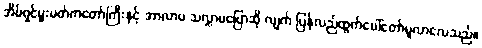
အိမ်ရှင်မှူးမတ်ကတော်ကြီးနှင့် အာလာပ သလ္လာပပြောဆို လျက် ပြန်လည်ထွက်ပေါ်တော်မူလာလေသည်။